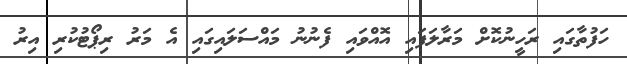
ހަފުތާގައި ރަހީނުކޮށް މަރާލަފައި އޮއްވައި ފެނުނު މައްސަލައިގައި އެ މަރު ރިޕޯޓުކުރި އިރު